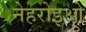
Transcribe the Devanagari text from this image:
नेहरोइओ